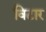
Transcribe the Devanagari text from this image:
विटार